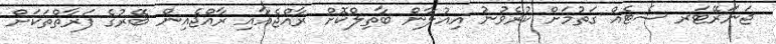
ޖަނަރޭޓަރ ސެޓެއް ގަތުމަށް ކުރެވުނު އިއުލާން ބާތިލްކޮށް ރާއްޖެއާއި ރާއްޖެއިން ބޭރުގެ ފަރާތްތަކަށް